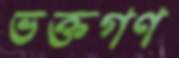
ভক্তগণ